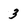
Character: 3